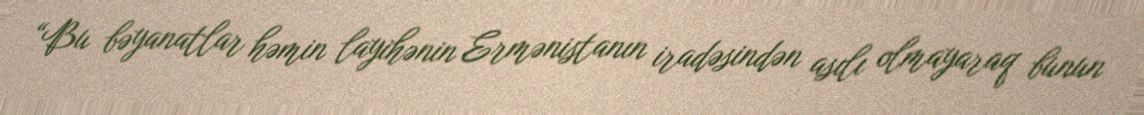
“Bu bəyanatlar həmin layihənin Ermənistanın iradəsindən asılı olmayaraq bunun